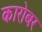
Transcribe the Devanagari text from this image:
कारोबर